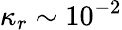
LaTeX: \kappa_{r}\sim 10^{-2}